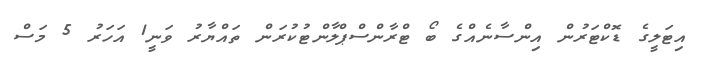
އިޓަލީގެ ޑޮކްޓަރުން އިންސާނެއްގެ ބޯ ޓްރާންސްޕްލާންޓުކުރަން ތައްޔާރު ވަނީ1 އަހަރު 5 މަސް